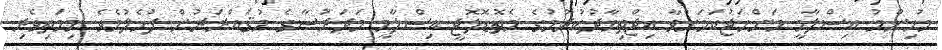
މުހިންމު އިސްލާމީ މަންހަޖުކަމަށްވާ އިޖްތިހާދުކުރުމުގެ މެތޮޑޮލޮޖީ އިސްލާމީ މަދަރުސާގެ މުޤައްރަރުން ފުހެލުމެވެ. މިމަތިވެރި